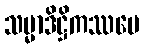
သမ္မာဒိဋ္ဌိကဿပေ